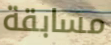
مسابقة